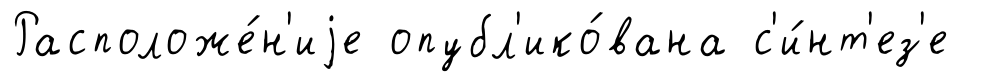
Расположе́н'иjе опубл'ико́вана с'и́нт'ез'е